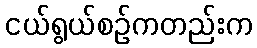
ငယ်ရွယ်စဉ်ကတည်းက